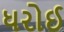
ધરોઈ